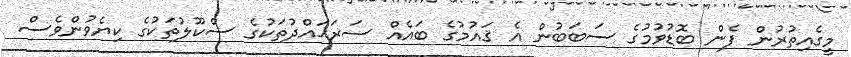
މީގެއިތުރުން ފެން ބޮޑުވުމުގެ ސަބަބުން އެ ޤައުމުގެ ބައެއް ސަރަޙައްދުތަކުގެ ސްކޫލުތަކުގެ ކިޔެވުންވެސް